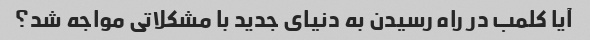
آیا کلمب در راه رسیدن به دنیای جدید با مشکلاتی مواجه شد؟